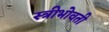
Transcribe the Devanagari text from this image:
स्त्रीभोवती